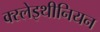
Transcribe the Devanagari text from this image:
क्स्लेइथीनियन